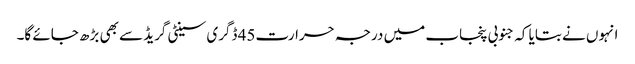
انہوں نے بتایا کہ جنوبی پنجاب میں درجہ حرارت45 ڈگری سینٹی گریڈ سے بھی بڑھ جائے گا۔